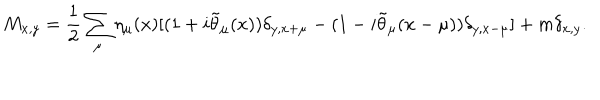
LaTeX: M _ { x , y } = \frac { 1 } { 2 } \sum _ { \mu } \eta _ { \mu } ( x ) [ ( 1 + i \tilde { \theta } _ { \mu } ( x ) ) \delta _ { y , x + \mu } - ( 1 - i \tilde { \theta } _ { \mu } ( x - \mu ) ) \delta _ { y , x - \mu } ] + m \delta _ { x , y } .